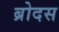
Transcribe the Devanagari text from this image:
ब्रोदस